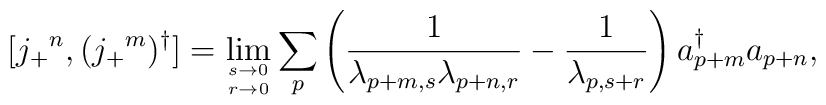
[ j_+{}^n,   (j_+{}^m)^\dagger ]=                                        \lim_{s\to 0 \atop r\to 0}       \sum_p \left ( \frac{1}{\lambda_{p+m,s}\lambda_{p+n,r}}-       \frac{1}{\lambda_{p,s+r}} \right ) a^\dagger_{p+m} a_{p+n},